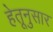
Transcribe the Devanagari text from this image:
हेतूनुसार